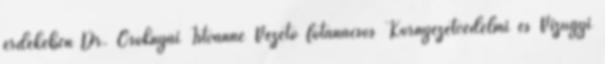
érdekében Dr. Csoknyai Istvánné Vezető főtanácsos Környezetvédelmi és Vízügyi